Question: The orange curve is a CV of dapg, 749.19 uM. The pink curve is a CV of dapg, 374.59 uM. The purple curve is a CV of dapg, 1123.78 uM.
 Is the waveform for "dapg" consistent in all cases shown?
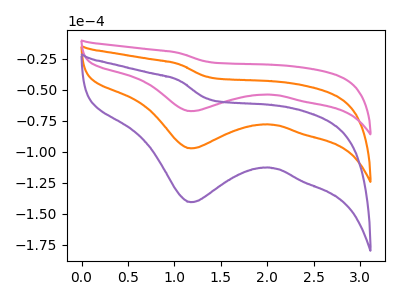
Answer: <think>The orange curve "dapg, 749.19 uM" has a cathodic peak at: (1.20V, -97.25uA). The pink curve "dapg, 374.59 uM" has a cathodic peak at: (1.20V, -67.20uA). The purple curve "dapg, 1123.78 uM" has a cathodic peak at: (1.20V, -194.50uA).
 All the peaks in "dapg, 749.19 uM" have a peak in "dapg, 374.59 uM" at the same potential. Every peak in "dapg, 749.19 uM" is higher than every peak in "dapg, 374.59 uM". All the peaks in "dapg, 749.19 uM" have a peak in "dapg, 1123.78 uM" at the same potential. Every peak in "dapg, 749.19 uM" is lower than every peak in "dapg, 1123.78 uM". All the peaks in "dapg, 374.59 uM" have a peak in "dapg, 1123.78 uM" at the same potential. Every peak in "dapg, 374.59 uM" is lower than every peak in "dapg, 1123.78 uM".</think>
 <answer>All the CV's of "dapg" have similar shape.</answer>
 <eval>follow_rule</eval>